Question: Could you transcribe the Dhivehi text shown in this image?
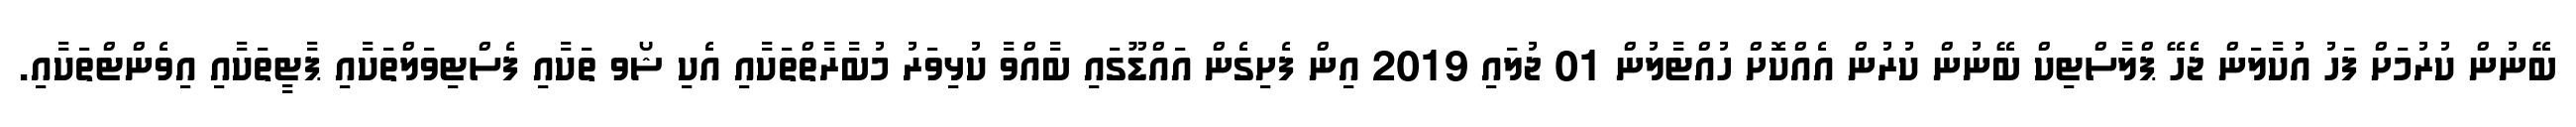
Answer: ބޭނުން ކުރުމަށް ފަހު އުކާލަން ޖެހޭ ޕްލާސްޓިކް ބޭނުން ކުރުން އެއްކޮށް ހުއްޓާލުން 01 ޖުލައި 2019 އިން ފެށިގެން އައްޑޫގައި ބާއްވާ ކުޅިވަރު މުބާރާތްތަކާއި އެކި ޝޯވ ތަކާއި ފެސްޓިވަލްތަކާއި ޕާޓީތަކާއި އިވެންޓްތަކާއި.